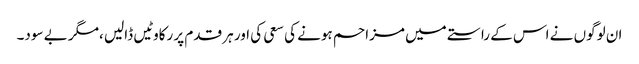
ان لوگوں نے اس کے راستے میں مزاحم ہونے کی سعی کی اور ہر قدم پر رکاوٹیں ڈالیں ،مگر بے سود۔